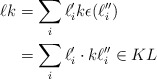
\begin{align*}\ell k&= \sum_i \ell'_i k \epsilon(\ell''_i) \\&= \sum_i \ell'_i\cdot k \ell''_i \in KL\end{align*}